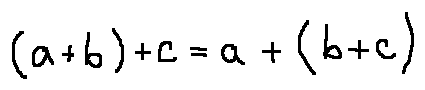
( a + b ) + c = a + ( b + c )